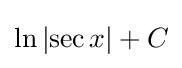
\ln \left|\sec x\right|+C